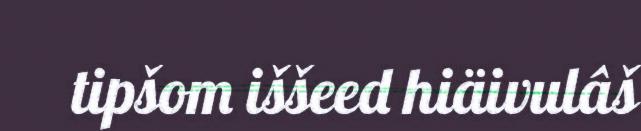
tipšom iššeed hiäivulâš